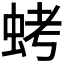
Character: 𮔁